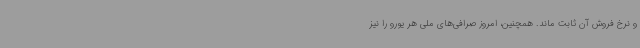
و نرخ فروش آن ثابت ماند. همچنین، امروز صرافی‌های ملی هر یورو را نیز